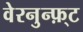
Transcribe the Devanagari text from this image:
वेरनुन्फ़्ट